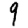
Digit: 9